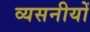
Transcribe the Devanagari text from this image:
व्यसनीयों